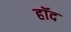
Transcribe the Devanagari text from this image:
हॉद